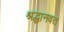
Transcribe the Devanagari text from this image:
श्रद्धानवत